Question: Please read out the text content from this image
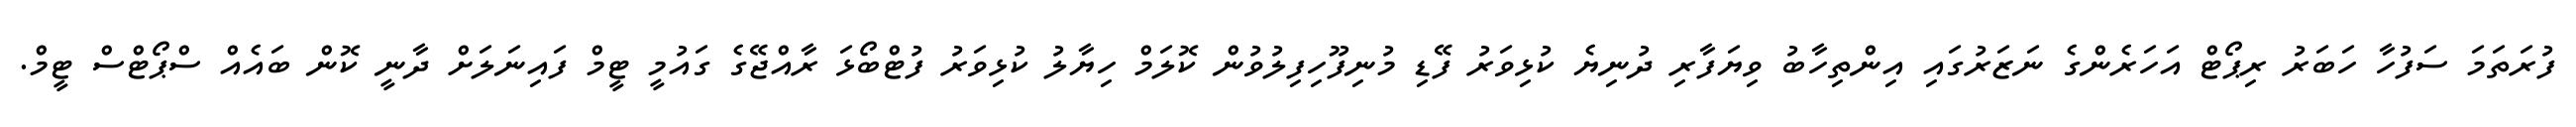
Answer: ފުރަތަމަ ސަފުހާ ހަބަރު ރިޕޯޓް އަހަރެންގެ ނަޒަރުގައި އިންތިހާބު ވިޔަފާރި ދުނިޔެ ކުޅިވަރު ފޭޑި މުނިފޫހިފިލުވުން ކޮލަމް ހިޔާލު ކުޅިވަރު ފުޓްބޯޅަ ރާއްޖޭގެ ގައުމީ ޓީމް ފައިނަލަށް ދާނީ ކޮން ބައެއް ސްޕޯޓްސް ޓީމް.